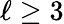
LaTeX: \ell\geq 3